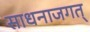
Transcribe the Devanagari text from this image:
साधनाजगत्